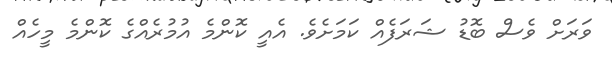
ވަރަށް ވެސް ބޮޑު ޝަރަފެއް ކަމަށެވެ. އެއީ ކޮންމެ އުމުރެއްގެ ކޮންމެ މީހެއް